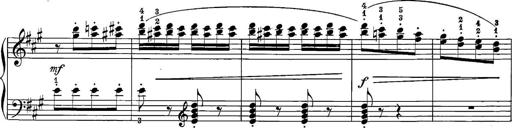
Title: 12 Sonatine per Pianoforte
Composer: Friedrich Kuhlau